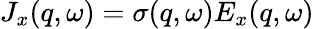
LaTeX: J_{x}(q,\omega)=\sigma(q,\omega)E_{x}(q,\omega)